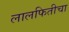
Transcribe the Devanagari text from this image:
लालफितीचा